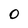
Character: 0